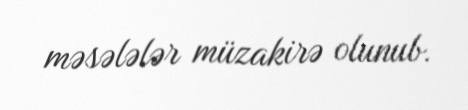
məsələlər müzakirə olunub.